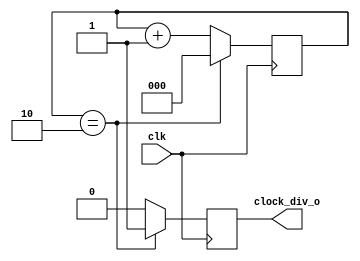
`timescale 1 ns / 1 ps
//This code is used to reduce the osc_clock to a smaller Hz in order to use it for the stepper motor.
module clock_division(
//	input   wire        rst,
	input   wire        clk,
	output	clock_div_o
	); 

parameter width = 2;
parameter N = 2;	
reg [width:0] clk_div_counter = 0;

reg clock_tracker = 1'b0; 
				
always @(posedge clk)
	begin
/*		if(rst)
			begin
				clk_div_counter = 0;
				clock_tracker <= 1'b0;  
			end	 */
		if( clk_div_counter == N)
			begin
				clk_div_counter <= 0;
				clock_tracker <= 1'b1;
			end	
		else  	
			begin
				clock_tracker <= 1'b0;
				clk_div_counter = clk_div_counter + 1;
			end
	 end			
	 
assign clock_div_o = clock_tracker;

endmodule